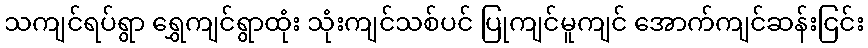
သကျင်ရပ်ရွာ ရွှေကျင်ရွာထုံး သုံးကျင်သစ်ပင် ပြုကျင်မူကျင် အောက်ကျင်ဆန်းငြင်း